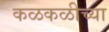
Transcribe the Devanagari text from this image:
कळकळीच्या